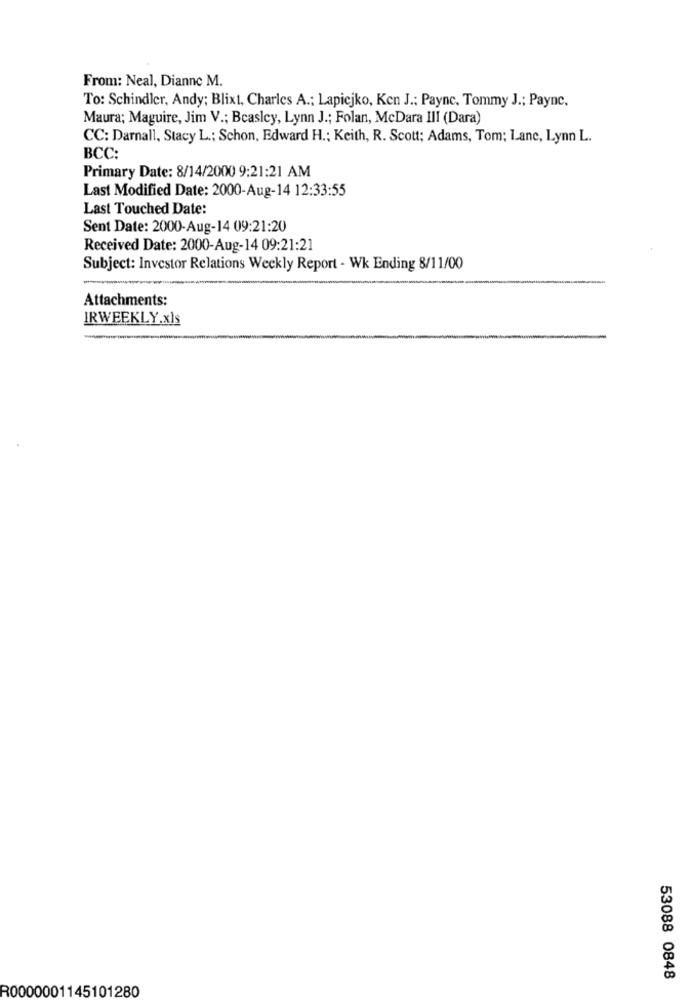
From: Neal, Dianne M.
To: Schindler, Andy; Blixt, Charles A .; Lapicjko, Ken J .: Payne, Tommy J .; Payne.
Maura; Maguire, Jim V .; Beasley, Lynn J .; Folan, McDara III (Dara)
CC: Darnall, Stacy L .; Schon, Edward H .; Keith, R. Scott; Adams, Tom; Lane, Lynn L.
BCC:
Primary Date: 8/14/2000 9:21:21 AM
Last Modified Date: 2000-Aug-14 12:33:55
Last Touched Date:
Sent Date: 2000-Aug-14 09:21:20
Received Date: 2000-Aug-14 09:21:21
Subject: Investor Relations Weekly Report - Wk Ending 8/11/00
Attachments:
IRWEEKLY.xls
53088 0848
R0000001145101280